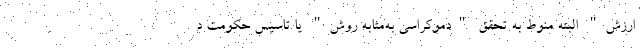
ارزش" البته منوط به تحقق "دموکراسی به‌مثابه روش" یا تاسیس حکومت د